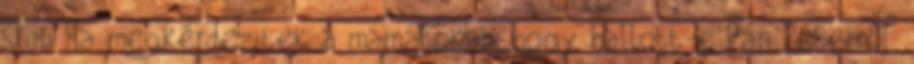
Klub Ha megkérdezitek a mamátokat, hogy hallott-e Pán Péterről,